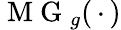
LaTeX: \mathrm{~M~G~}_{g}(\, \cdot\, )